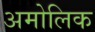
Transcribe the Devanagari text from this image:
अमोलिक